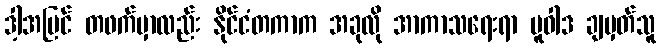
ဒါ့အပြင် တဖက်မှာလည်း နိုင်ငံတကာက အခုလို အာကာသရေးရာ မူဝါဒ ချမှတ်သူ